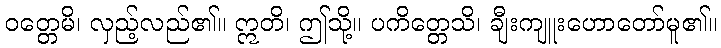
ဝတ္တေမိ၊ လှည့်လည်၏။ ဣတိ၊ ဤသို့။ ပကိတ္တေသိ၊ ချီးကျူးဟောတော်မူ၏။